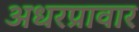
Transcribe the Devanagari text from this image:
अधरप्रावार